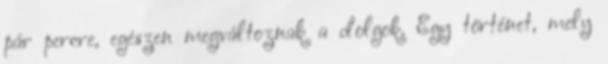
pár percre, egészen megváltoznak a dolgok. Egy történet, mely